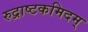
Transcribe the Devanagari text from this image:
रुद्राष्टकमिदम्